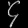
Digit: ၄